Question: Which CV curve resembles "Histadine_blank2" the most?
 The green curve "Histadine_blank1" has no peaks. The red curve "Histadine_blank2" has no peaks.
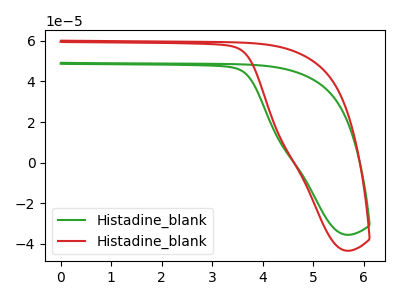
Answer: <think>Neither "Histadine_blank1" or "Histadine_blank2" have any peaks.
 </think>
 <answer>The CV with the most similar shape to "Histadine_blank1" is "Histadine_blank2".</answer>
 <eval>"Histadine_blank2"</eval>